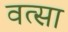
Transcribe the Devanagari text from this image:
वत्सा